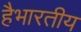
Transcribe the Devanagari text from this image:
हैभारतीय